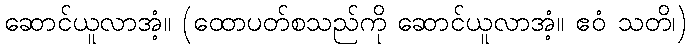
ဆောင်ယူလာအံ့။ (ထောပတ်စသည်ကို ဆောင်ယူလာအံ့။ ဧဝံ သတိ၊)